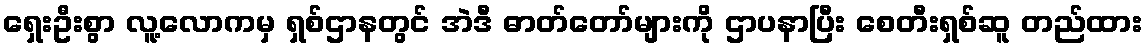
ရှေးဦးစွာ လူ့လောကမှ ရှစ်ဌာနတွင် အဲဒီ ဓာတ်တော်များကို ဌာပနာပြီး စေတီးရှစ်ဆူ တည်ထား